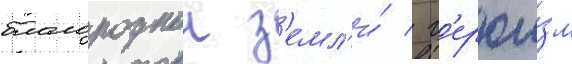
благороднои з'емл'и́ / г'ерои́зм